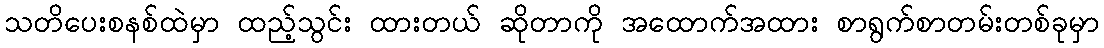
သတိပေးစနစ်ထဲမှာ ထည့်သွင်း ထားတယ် ဆိုတာကို အထောက်အထား စာရွက်စာတမ်းတစ်ခုမှာ